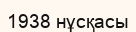
1938 нұсқасы